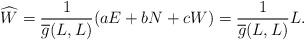
LaTeX: \begin{align*} \widehat{W}=\frac{1}{\overline{g}(L,L)}(aE+bN+cW)=\frac{1}{\overline{g}(L,L)}L.\end{align*}